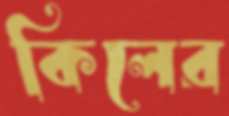
কিলের